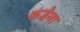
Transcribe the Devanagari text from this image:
कडेना